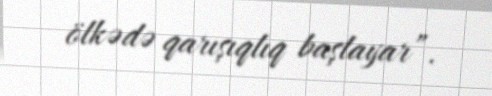
ölkədə qarışıqlıq başlayar”.